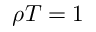
\rho T = 1